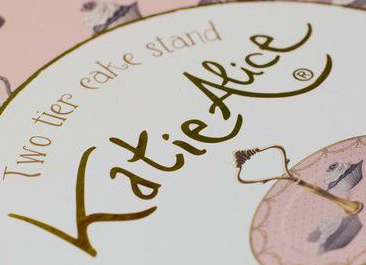
KatieAlice